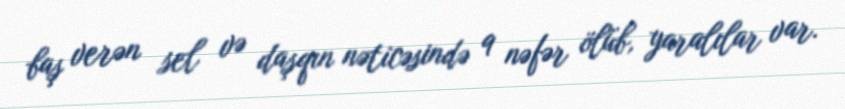
baş verən sel və daşqın nəticəsində 9 nəfər ölüb, yaralılar var.